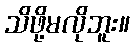
သိဖို့မလိုဘူး။